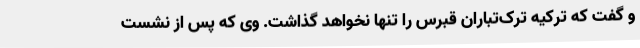
و گفت که ترکیه ترک‌تباران قبرس را تنها نخواهد گذاشت. وی که پس از نشست